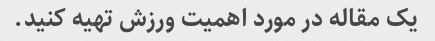
یک مقاله در مورد اهمیت ورزش تهیه کنید.